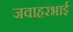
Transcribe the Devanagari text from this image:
जवाहरभाई